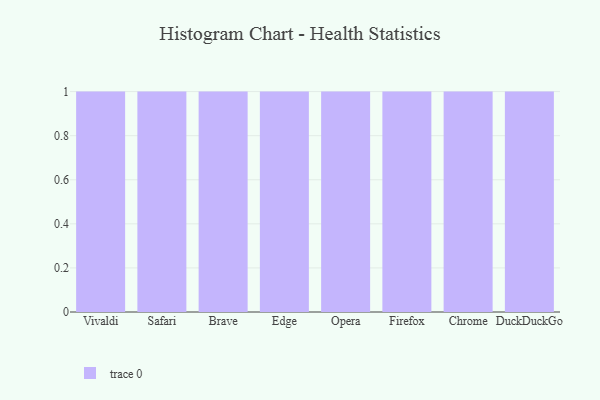
{"axis": {"x": "Browser", "y": "Page Views"}, "legend": [""], "data": [{"x": "Vivaldi", "y": 28, "type": ""}, {"x": "Safari", "y": 51, "type": ""}, {"x": "Brave", "y": 80, "type": ""}, {"x": "Edge", "y": 94, "type": ""}, {"x": "Opera", "y": 82, "type": ""}, {"x": "Firefox", "y": 45, "type": ""}, {"x": "Chrome", "y": 10, "type": ""}, {"x": "DuckDuckGo", "y": 94, "type": ""}]}